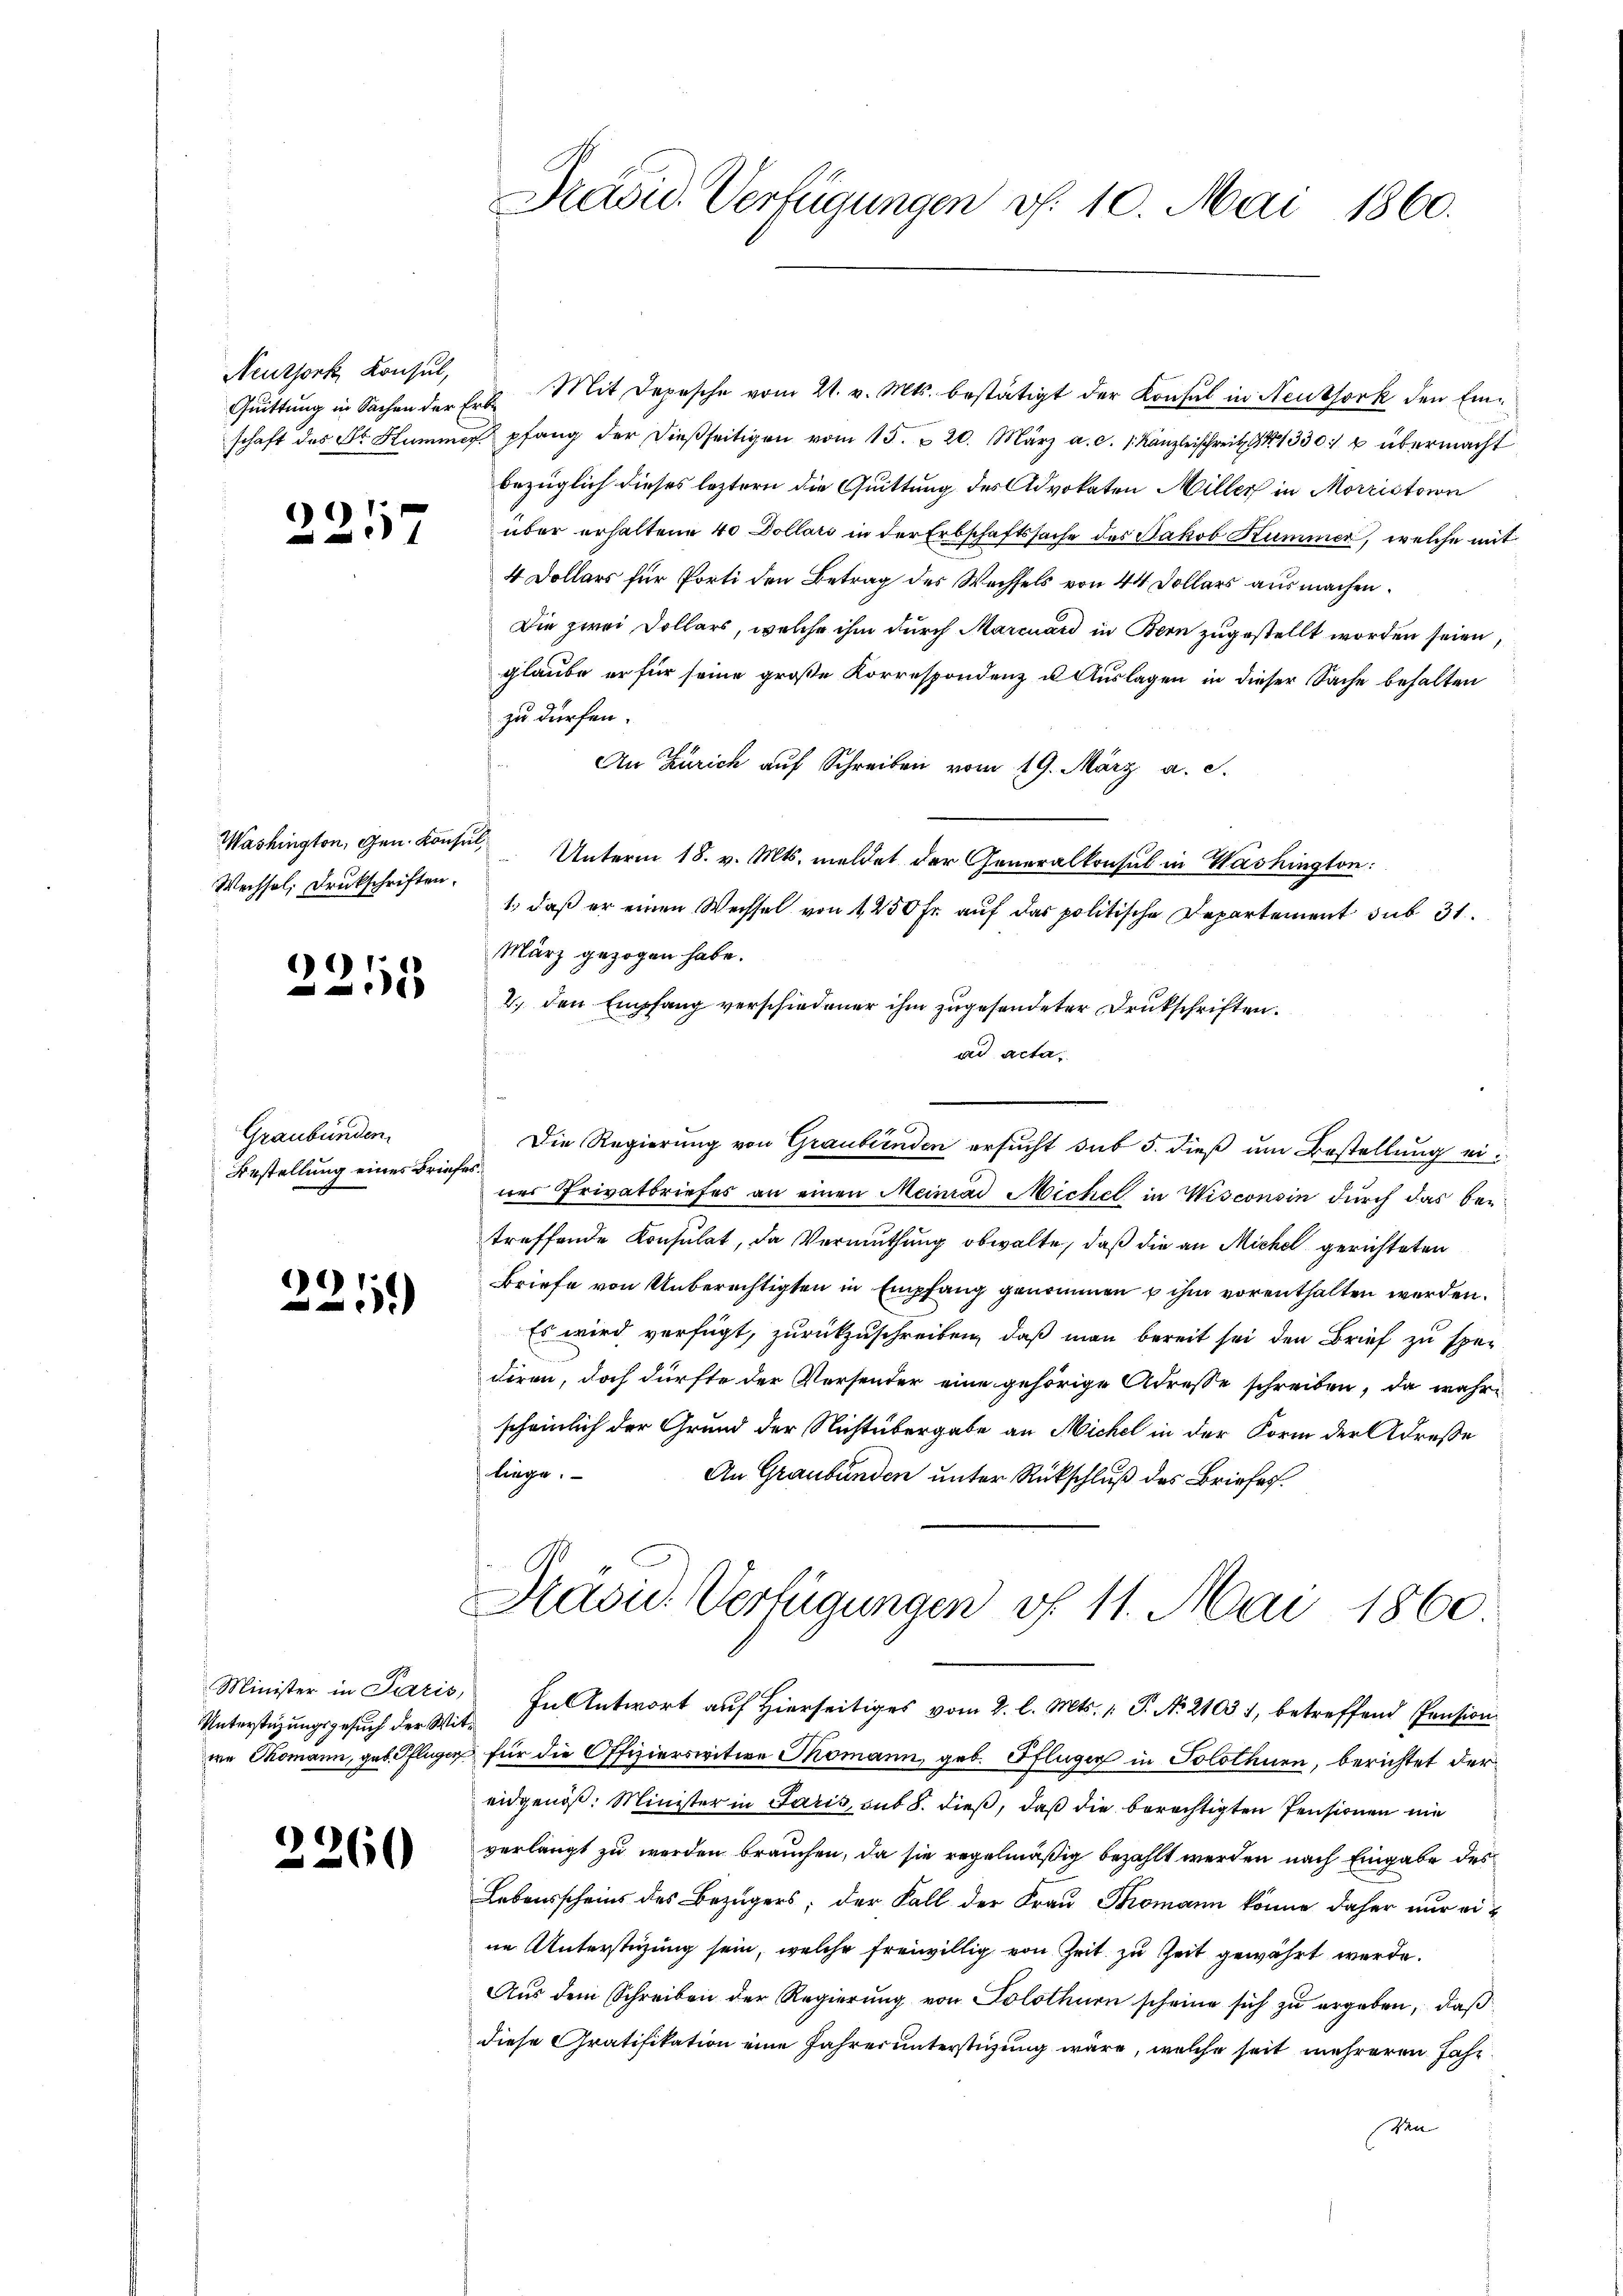
Neuthork, Konsul,

2257

Wechsel, Druckschriften.

2255

Graubünden
Bestellung eines Brief

)*)
)

Minister in Paris,
Unterstüzungsgesuch der Wit
we Thomann, geb. Pflüger

2260

Präside Verfügungen v. 10. Mai 1860.

Gŭittŭng in Sachen der Erb Mit Depesche vom 21. v. Mts. bestätigt der Konsul in Neuthork den Einschaft des Dr. Hummer pfang der dießseitigen vom 15. u 20. März a. c. 1. Kanzleischreib 1330) u übermacht
bezüglich dieses leztern die Quittung des Advokaten Miller in Morristoron
über erhaltene 40 Dollars in der Erbschaftssache des Jakob Kümmer, welche mit
4 Dollars für Porti den Betrag des Wechsels von 44 Dollars ausmachen.
Die zwei Dollars, welche ihm durch Marcuard in Bern zugestellt worden seien,
glaube er für seine große Korrespondenz u. Auslagen in dieser Sache behalten
zu dürfen.
An Zürich auf Schreiben vom 19. März a. S.
Washington, Gen. Konsul Unterm 18. v. Mts. meldet der Generalkonsul in Washington:
1., daß er einen Wechsel von 1250 Fr. auf das politische Departement sub 31.
März gezogen habe.
2. den Empfang verschiedener ihm zugesendeter Drukschriften.
ad acta,
Die Regierung von Graubünden ersucht sub 5. dieß um Bestellung ei¬
B
ner Privatbriefes an einen Meinrad Michel in Wisconsin durch das bei
treffende Konsulat, da Vermuthung obwalte, daß die an Michel gerichteten
Briefe von Unberechtigten in Empfang genommen u ihm vorenthalten werden.
Es wird verfügt, zurückzuschreiben, daß man bereit sei den Brief zu spediren, doch dürfte der Versender eine gehörige Adresse schreiben, da wahrscheinlich der Grund der Nichtübergabe an Michel in der Form der Adresse
liege.
An Graubünden unter Rückschluß des Briefes
Präsid. Verfügungen v. 11. Mai 1860.
In Antwort auf Hierseitiges vom 2. l. Mts. 1. P. N. 21031, betreffend Pension
 für die Offizierseitwe Thomann, geb. Pflüger in Solothurn, berichtet der
eidgenöß: Minister in Paris, sub 8. dieß, daß die berechtigten Pensionen nie
verlangt zu werden brauchen, da sie regelmäßig bezahlt werden nach Eingabe des
Lebensscheins des Bezügers; der Fall der Frau Thomann könne daher nur eine Unterstüzung sein, welche freiwillig von Zeit zu Zeit gewährt werde.
Aus dem Schreiben der Regierung von Solothurn scheine sich zu ergeben, daß
diese Gratifikation eine Jahres unterstüzung wäre, welche seit mehreren Jahr
Ven